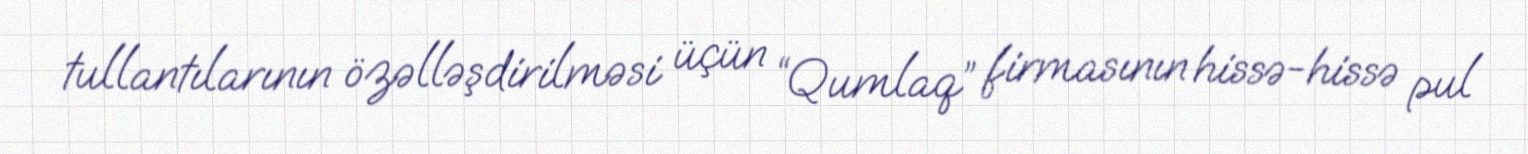
tullantılarının özəlləşdirilməsi üçün “Qumlaq” firmasının hissə-hissə pul